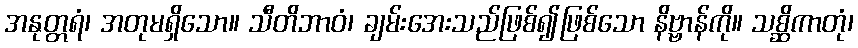
အနုတ္တရံ၊ အတုမရှိသော။ သီတိဘာဝံ၊ ချမ်းအေးသည်ဖြစ်၍ဖြစ်သော နိဗ္ဗာန်ကို။ သစ္ဆိကာတုံ၊